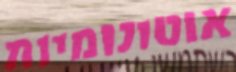
אוטונומיות